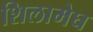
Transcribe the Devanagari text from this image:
शिलामेघ